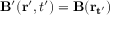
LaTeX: \mathbf { B } ^ { \prime } ( \mathbf { r ^ { \prime } } , t ^ { \prime } ) = \mathbf { B } ( \mathbf { r _ { t ^ { \prime } } } )